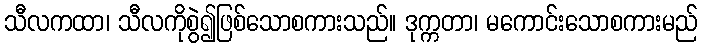
သီလကထာ၊ သီလကိုစွဲ၍ဖြစ်သောစကားသည်။ ဒုက္ကတာ၊ မကောင်းသောစကားမည်